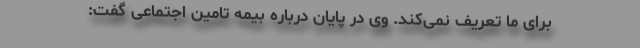
برای ما تعریف نمی‌کند. وی در پایان درباره بیمه تامین اجتماعی گفت: